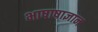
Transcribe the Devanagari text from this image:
भाषाषाज्ञान